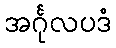
အင်္ဂုလပဒံ